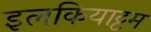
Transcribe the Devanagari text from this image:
इलकियाट्टम